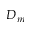
D _ { m }